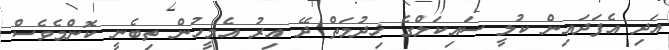
އަދި އެފަދައިން ކުލީ ސައިކަލްގެ ޚިދުމަތް ދޭ އިރު އެމީހުން ތިބެނީ ކޮންމެވެެސް